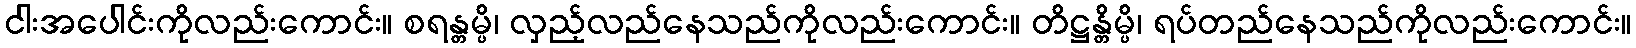
ငါးအပေါင်းကိုလည်းကောင်း။ စရန္တမ္ပိ၊ လှည့်လည်နေသည်ကိုလည်းကောင်း။ တိဋ္ဌန္တိမ္ပိ၊ ရပ်တည်နေသည်ကိုလည်းကောင်း။